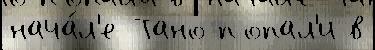
нача́л'е Тано попал'и в